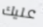
عليك